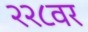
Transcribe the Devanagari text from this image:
२२८वर